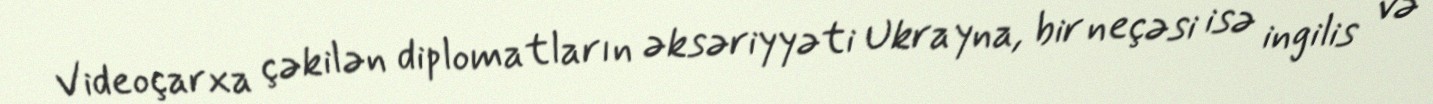
Videoçarxa çəkilən diplomatların əksəriyyəti Ukrayna, bir neçəsi isə ingilis və